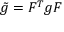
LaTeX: { \tilde { g } } = F ^ { T } g F